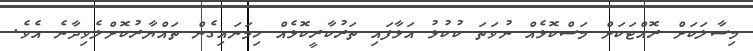
މިސާލަކަށް ރޮއްޓަކަށް މަސްކޮޅެއް ނުވަތަ ކުކުޅު އަޅާފައި ތަރުކާރީކޮޅެއް ހިމަނައިގެން ތައްޔާރުކޮށްލެވިދާނެ އެވެ.